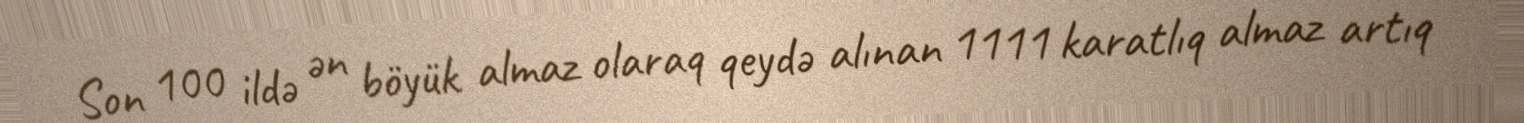
Son 100 ildə ən böyük almaz olaraq qeydə alınan 1111 karatlıq almaz artıq